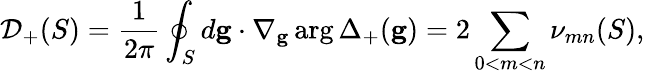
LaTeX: \mathcal{D}_{+}(S)=\frac{1}{2\pi}\oint_{S}d\mathbf{g}\cdot\nabla_{\mathbf{g}}\arg\Delta_{+}(\mathbf{g})=2\sum_{0<m<n}\nu_{mn}(S),